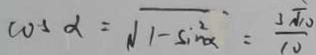
\cos \alpha = \sqrt { 1 - \sin ^ { 2 } \alpha } = \frac { 3 \sqrt { 1 0 } } { 1 0 }